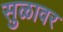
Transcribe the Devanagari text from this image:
सुळावर